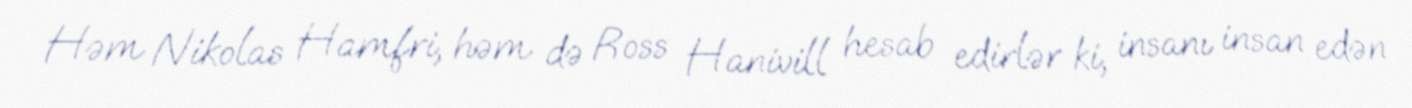
Həm Nikolas Hamfri, həm də Ross Hanivill hesab edirlər ki, insanı insan edən